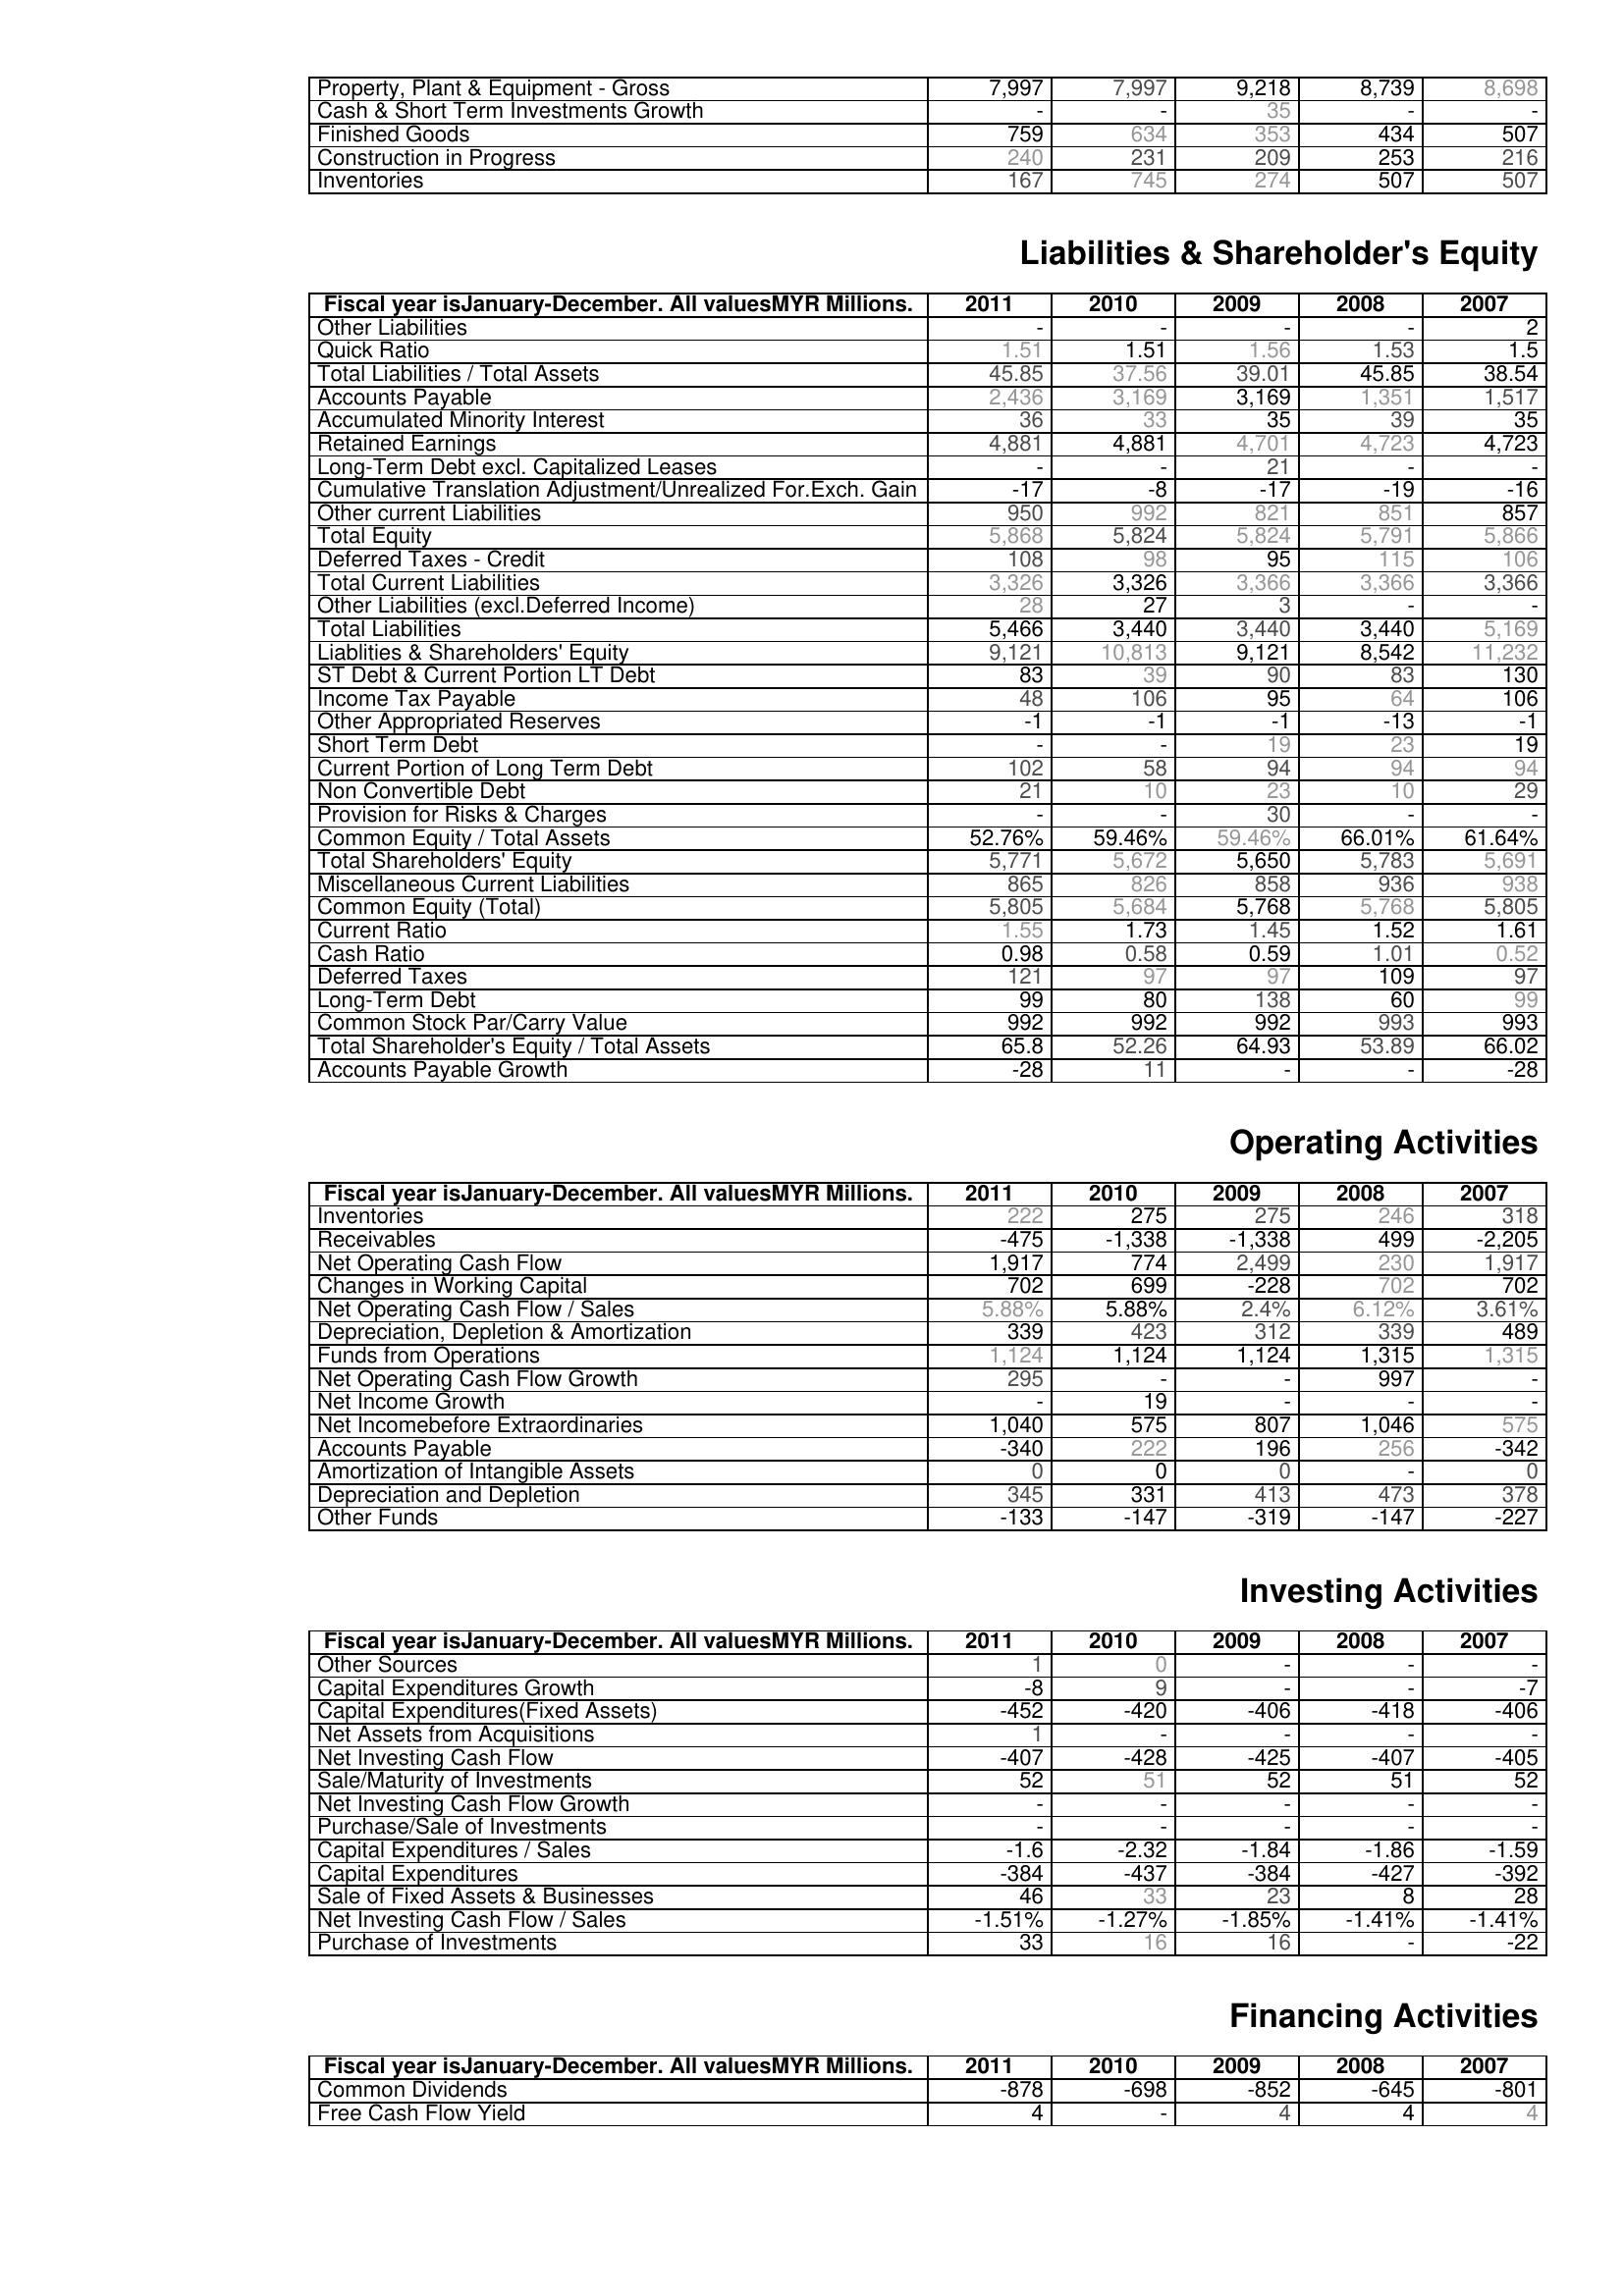
2011: Assets: Property, Plant & Equipment - Gross : 7,997
Cash & Short Term Investments Growth: -
Finished Goods: 759
Construction in Progress: 240
Inventories: 167
Liabilities & Shareholder's Equity: Other Liabilities: -
Quick Ratio: 1.51
Total Liabilities / Total Assets: 45.85
Accounts Payable: 2,436
Accumulated Minority Interest: 36
Retained Earnings: 4,881
Long-Term Debt excl. Capitalized Leases: -
Cumulative Translation Adjustment/Unrealized For.Exch. Gain: -17
Other current Liabilities: 950
Total Equity: 5,868
Deferred Taxes - Credit: 108
Total Current Liabilities: 3,326
Other Liabilities (excl.Deferred Income): 28
Total Liabilities: 5,466
Liablities & Shareholders' Equity: 9,121
ST Debt & Current Portion LT Debt: 83
Income Tax Payable: 48
Other Appropriated Reserves: -1
Short Term Debt: -
Current Portion of Long Term Debt: 102
Non Convertible Debt: 21
Provision for Risks & Charges: -
Common Equity / Total Assets: 52.76%
Total Shareholders' Equity: 5,771
Miscellaneous Current Liabilities: 865
Common Equity (Total): 5,805
Current Ratio: 1.55
Cash Ratio: 0.98
Deferred Taxes: 121
Long-Term Debt: 99
Common Stock Par/Carry Value: 992
Total Shareholder's Equity / Total Assets: 65.8
Accounts Payable Growth: -28
Operating Activities: Inventories: 222
Receivables: -475
Net Operating Cash Flow: 1,917
Changes in Working Capital: 702
Net Operating Cash Flow / Sales: 5.88%
Depreciation, Depletion & Amortization: 339
Funds from Operations: 1,124
Net Operating Cash Flow Growth: 295
Net Income Growth: -
Net Incomebefore Extraordinaries: 1,040
Accounts Payable: -340
Amortization of Intangible Assets: 0
Depreciation and Depletion: 345
Other Funds: -133
Investing Activities: Other Sources: 1
Capital Expenditures Growth: -8
Capital Expenditures(Fixed Assets): -452
Net Assets from Acquisitions: 1
Net Investing Cash Flow: -407
Sale/Maturity of Investments: 52
Net Investing Cash Flow Growth: -
Purchase/Sale of Investments: -
Capital Expenditures / Sales: -1.6
Capital Expenditures: -384
Sale of Fixed Assets & Businesses: 46
Net Investing Cash Flow / Sales: -1.51%
Purchase of Investments: 33
Financing Activities: Common Dividends: -878
Free Cash Flow Yield: 4
2010: Assets: Property, Plant & Equipment - Gross : 7,997
Cash & Short Term Investments Growth: -
Finished Goods: 634
Construction in Progress: 231
Inventories: 745
Liabilities & Shareholder's Equity: Other Liabilities: -
Quick Ratio: 1.51
Total Liabilities / Total Assets: 37.56
Accounts Payable: 3,169
Accumulated Minority Interest: 33
Retained Earnings: 4,881
Long-Term Debt excl. Capitalized Leases: -
Cumulative Translation Adjustment/Unrealized For.Exch. Gain: -8
Other current Liabilities: 992
Total Equity: 5,824
Deferred Taxes - Credit: 98
Total Current Liabilities: 3,326
Other Liabilities (excl.Deferred Income): 27
Total Liabilities: 3,440
Liablities & Shareholders' Equity: 10,813
ST Debt & Current Portion LT Debt: 39
Income Tax Payable: 106
Other Appropriated Reserves: -1
Short Term Debt: -
Current Portion of Long Term Debt: 58
Non Convertible Debt: 10
Provision for Risks & Charges: -
Common Equity / Total Assets: 59.46%
Total Shareholders' Equity: 5,672
Miscellaneous Current Liabilities: 826
Common Equity (Total): 5,684
Current Ratio: 1.73
Cash Ratio: 0.58
Deferred Taxes: 97
Long-Term Debt: 80
Common Stock Par/Carry Value: 992
Total Shareholder's Equity / Total Assets: 52.26
Accounts Payable Growth: 11
Operating Activities: Inventories: 275
Receivables: -1,338
Net Operating Cash Flow: 774
Changes in Working Capital: 699
Net Operating Cash Flow / Sales: 5.88%
Depreciation, Depletion & Amortization: 423
Funds from Operations: 1,124
Net Operating Cash Flow Growth: -
Net Income Growth: 19
Net Incomebefore Extraordinaries: 575
Accounts Payable: 222
Amortization of Intangible Assets: 0
Depreciation and Depletion: 331
Other Funds: -147
Investing Activities: Other Sources: 0
Capital Expenditures Growth: 9
Capital Expenditures(Fixed Assets): -420
Net Assets from Acquisitions: -
Net Investing Cash Flow: -428
Sale/Maturity of Investments: 51
Net Investing Cash Flow Growth: -
Purchase/Sale of Investments: -
Capital Expenditures / Sales: -2.32
Capital Expenditures: -437
Sale of Fixed Assets & Businesses: 33
Net Investing Cash Flow / Sales: -1.27%
Purchase of Investments: 16
Financing Activities: Common Dividends: -698
Free Cash Flow Yield: -
2009: Assets: Property, Plant & Equipment - Gross : 9,218
Cash & Short Term Investments Growth: 35
Finished Goods: 353
Construction in Progress: 209
Inventories: 274
Liabilities & Shareholder's Equity: Other Liabilities: -
Quick Ratio: 1.56
Total Liabilities / Total Assets: 39.01
Accounts Payable: 3,169
Accumulated Minority Interest: 35
Retained Earnings: 4,701
Long-Term Debt excl. Capitalized Leases: 21
Cumulative Translation Adjustment/Unrealized For.Exch. Gain: -17
Other current Liabilities: 821
Total Equity: 5,824
Deferred Taxes - Credit: 95
Total Current Liabilities: 3,366
Other Liabilities (excl.Deferred Income): 3
Total Liabilities: 3,440
Liablities & Shareholders' Equity: 9,121
ST Debt & Current Portion LT Debt: 90
Income Tax Payable: 95
Other Appropriated Reserves: -1
Short Term Debt: 19
Current Portion of Long Term Debt: 94
Non Convertible Debt: 23
Provision for Risks & Charges: 30
Common Equity / Total Assets: 59.46%
Total Shareholders' Equity: 5,650
Miscellaneous Current Liabilities: 858
Common Equity (Total): 5,768
Current Ratio: 1.45
Cash Ratio: 0.59
Deferred Taxes: 97
Long-Term Debt: 138
Common Stock Par/Carry Value: 992
Total Shareholder's Equity / Total Assets: 64.93
Accounts Payable Growth: -
Operating Activities: Inventories: 275
Receivables: -1,338
Net Operating Cash Flow: 2,499
Changes in Working Capital: -228
Net Operating Cash Flow / Sales: 2.4%
Depreciation, Depletion & Amortization: 312
Funds from Operations: 1,124
Net Operating Cash Flow Growth: -
Net Income Growth: -
Net Incomebefore Extraordinaries: 807
Accounts Payable: 196
Amortization of Intangible Assets: 0
Depreciation and Depletion: 413
Other Funds: -319
Investing Activities: Other Sources: -
Capital Expenditures Growth: -
Capital Expenditures(Fixed Assets): -406
Net Assets from Acquisitions: -
Net Investing Cash Flow: -425
Sale/Maturity of Investments: 52
Net Investing Cash Flow Growth: -
Purchase/Sale of Investments: -
Capital Expenditures / Sales: -1.84
Capital Expenditures: -384
Sale of Fixed Assets & Businesses: 23
Net Investing Cash Flow / Sales: -1.85%
Purchase of Investments: 16
Financing Activities: Common Dividends: -852
Free Cash Flow Yield: 4
2008: Assets: Property, Plant & Equipment - Gross : 8,739
Cash & Short Term Investments Growth: -
Finished Goods: 434
Construction in Progress: 253
Inventories: 507
Liabilities & Shareholder's Equity: Other Liabilities: -
Quick Ratio: 1.53
Total Liabilities / Total Assets: 45.85
Accounts Payable: 1,351
Accumulated Minority Interest: 39
Retained Earnings: 4,723
Long-Term Debt excl. Capitalized Leases: -
Cumulative Translation Adjustment/Unrealized For.Exch. Gain: -19
Other current Liabilities: 851
Total Equity: 5,791
Deferred Taxes - Credit: 115
Total Current Liabilities: 3,366
Other Liabilities (excl.Deferred Income): -
Total Liabilities: 3,440
Liablities & Shareholders' Equity: 8,542
ST Debt & Current Portion LT Debt: 83
Income Tax Payable: 64
Other Appropriated Reserves: -13
Short Term Debt: 23
Current Portion of Long Term Debt: 94
Non Convertible Debt: 10
Provision for Risks & Charges: -
Common Equity / Total Assets: 66.01%
Total Shareholders' Equity: 5,783
Miscellaneous Current Liabilities: 936
Common Equity (Total): 5,768
Current Ratio: 1.52
Cash Ratio: 1.01
Deferred Taxes: 109
Long-Term Debt: 60
Common Stock Par/Carry Value: 993
Total Shareholder's Equity / Total Assets: 53.89
Accounts Payable Growth: -
Operating Activities: Inventories: 246
Receivables: 499
Net Operating Cash Flow: 230
Changes in Working Capital: 702
Net Operating Cash Flow / Sales: 6.12%
Depreciation, Depletion & Amortization: 339
Funds from Operations: 1,315
Net Operating Cash Flow Growth: 997
Net Income Growth: -
Net Incomebefore Extraordinaries: 1,046
Accounts Payable: 256
Amortization of Intangible Assets: -
Depreciation and Depletion: 473
Other Funds: -147
Investing Activities: Other Sources: -
Capital Expenditures Growth: -
Capital Expenditures(Fixed Assets): -418
Net Assets from Acquisitions: -
Net Investing Cash Flow: -407
Sale/Maturity of Investments: 51
Net Investing Cash Flow Growth: -
Purchase/Sale of Investments: -
Capital Expenditures / Sales: -1.86
Capital Expenditures: -427
Sale of Fixed Assets & Businesses: 8
Net Investing Cash Flow / Sales: -1.41%
Purchase of Investments: -
Financing Activities: Common Dividends: -645
Free Cash Flow Yield: 4
2007: Assets: Property, Plant & Equipment - Gross : 8,698
Cash & Short Term Investments Growth: -
Finished Goods: 507
Construction in Progress: 216
Inventories: 507
Liabilities & Shareholder's Equity: Other Liabilities: 2
Quick Ratio: 1.5
Total Liabilities / Total Assets: 38.54
Accounts Payable: 1,517
Accumulated Minority Interest: 35
Retained Earnings: 4,723
Long-Term Debt excl. Capitalized Leases: -
Cumulative Translation Adjustment/Unrealized For.Exch. Gain: -16
Other current Liabilities: 857
Total Equity: 5,866
Deferred Taxes - Credit: 106
Total Current Liabilities: 3,366
Other Liabilities (excl.Deferred Income): -
Total Liabilities: 5,169
Liablities & Shareholders' Equity: 11,232
ST Debt & Current Portion LT Debt: 130
Income Tax Payable: 106
Other Appropriated Reserves: -1
Short Term Debt: 19
Current Portion of Long Term Debt: 94
Non Convertible Debt: 29
Provision for Risks & Charges: -
Common Equity / Total Assets: 61.64%
Total Shareholders' Equity: 5,691
Miscellaneous Current Liabilities: 938
Common Equity (Total): 5,805
Current Ratio: 1.61
Cash Ratio: 0.52
Deferred Taxes: 97
Long-Term Debt: 99
Common Stock Par/Carry Value: 993
Total Shareholder's Equity / Total Assets: 66.02
Accounts Payable Growth: -28
Operating Activities: Inventories: 318
Receivables: -2,205
Net Operating Cash Flow: 1,917
Changes in Working Capital: 702
Net Operating Cash Flow / Sales: 3.61%
Depreciation, Depletion & Amortization: 489
Funds from Operations: 1,315
Net Operating Cash Flow Growth: -
Net Income Growth: -
Net Incomebefore Extraordinaries: 575
Accounts Payable: -342
Amortization of Intangible Assets: 0
Depreciation and Depletion: 378
Other Funds: -227
Investing Activities: Other Sources: -
Capital Expenditures Growth: -7
Capital Expenditures(Fixed Assets): -406
Net Assets from Acquisitions: -
Net Investing Cash Flow: -405
Sale/Maturity of Investments: 52
Net Investing Cash Flow Growth: -
Purchase/Sale of Investments: -
Capital Expenditures / Sales: -1.59
Capital Expenditures: -392
Sale of Fixed Assets & Businesses: 28
Net Investing Cash Flow / Sales: -1.41%
Purchase of Investments: -22
Financing Activities: Common Dividends: -801
Free Cash Flow Yield: 4